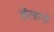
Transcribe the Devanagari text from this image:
हेलाने